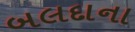
બલદાના